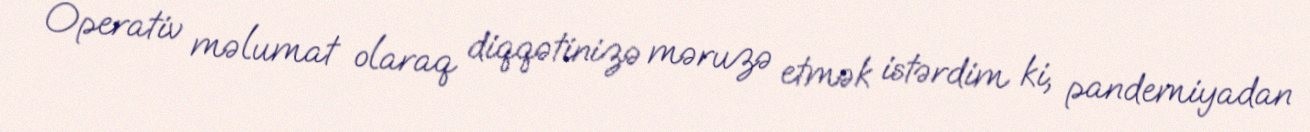
Operativ məlumat olaraq diqqətinizə məruzə etmək istərdim ki, pandemiyadan